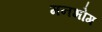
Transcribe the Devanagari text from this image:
मनभोग